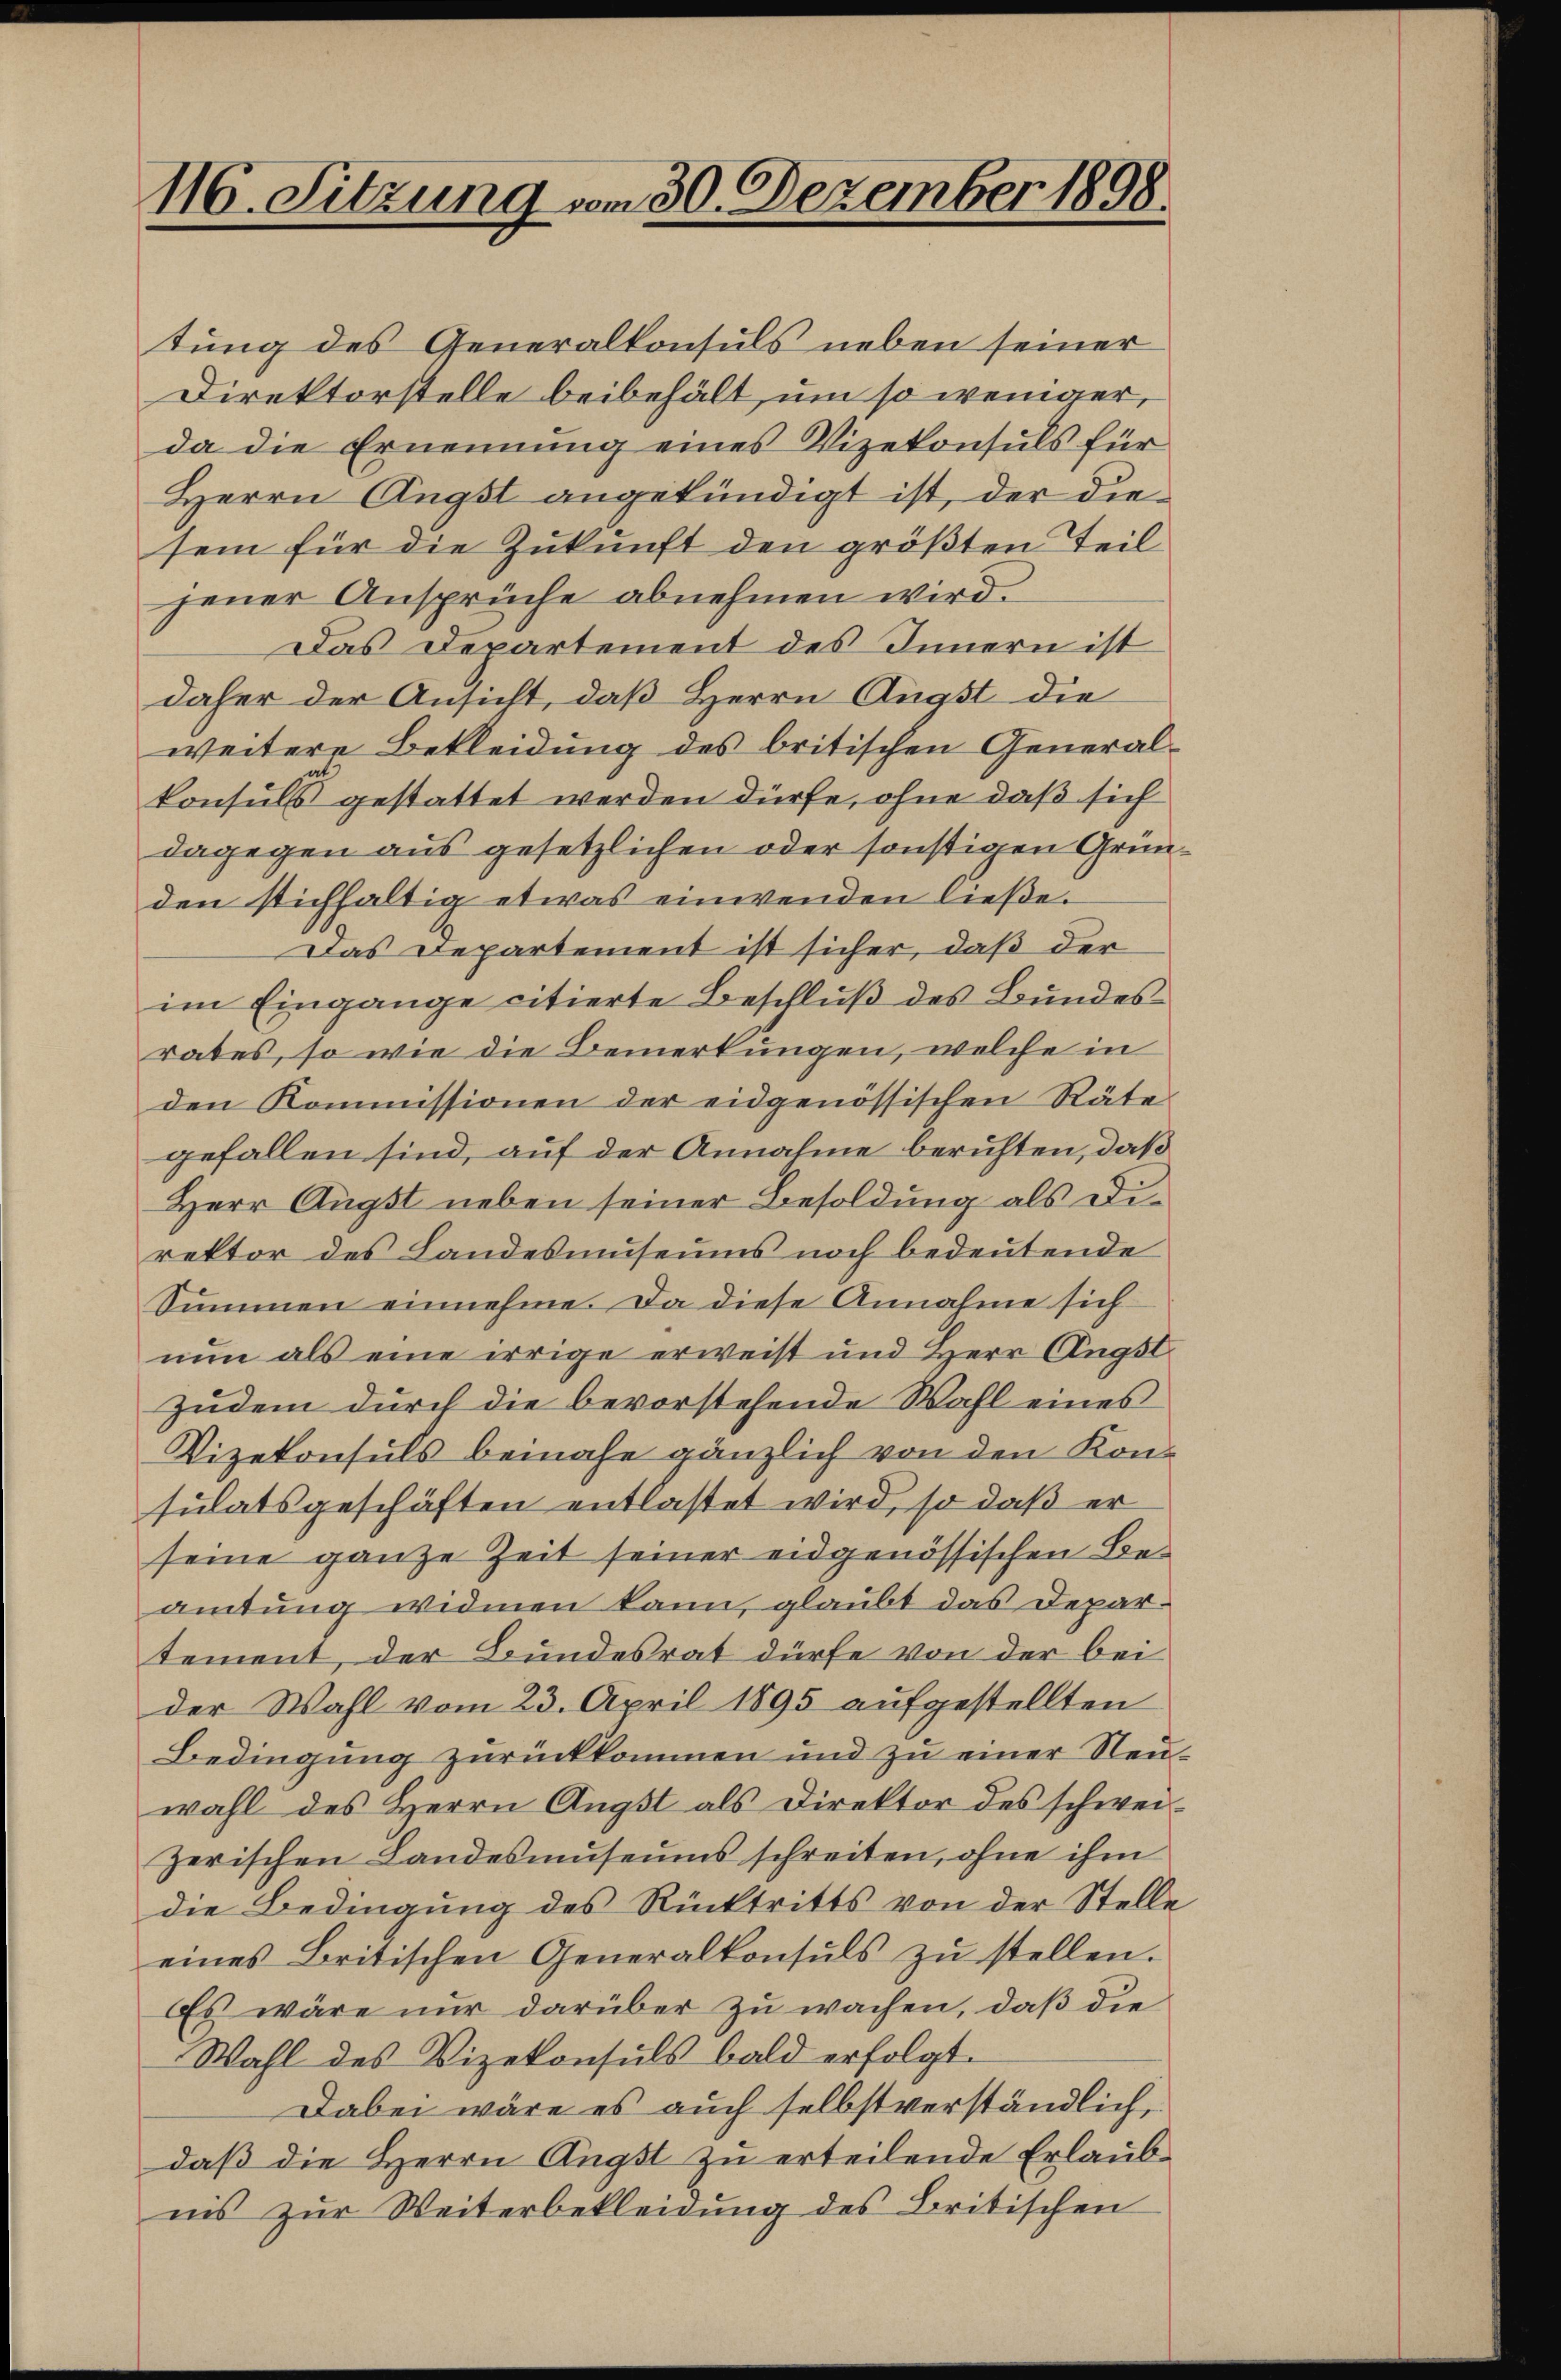
116. Sitzung vom 30. Dezember 1898.

tung des Generalkonsuls neben seiner
Direktorstelle beibehält, um so weniger,
da die Ernennung eines Vizekonsuls für
Herrn Angst angekündigt ist, der diesein für die Zukunft den größten Teil
jener Ansprüche abnehmen wird.
Das Departement des Innern ist
daher der Ansicht, daß Herrn Angst die
weitere Bekleidung des britischen Generalkonsuls gestattet werden dürfe, ohne daß sich
dagegen aus gesetzlichen oder sonstigen Gründen stichfaltig etwas einwenden ließe.
Das Departement ist sicher, daß der
im Eingange citierte Beschluß des Bundesrates, so wie die Bemerkungen, welche in
den Kommissionen der eidgenössischen Räte
gefallen sind, auf der Annahme berichten, daß
Herr Angst neben seiner Besoldung als Direktor des Landesmuseums noch bedeutende
Summen einnehme. Da diese Annahme sich
nun als eine irrige erweist und Herr Angst.
zudem durch die bevorstehende Wahl eines
Vizekonsuls beinahe gänzlich von den Konsulatsgeschäften entlastet wird, so daß er
seine ganze Zeit seiner eidgenössischen Beamtung widmen kann, glaubt das Departement, der Bundesrat dürfe von der bei
der Wahl vom 23. April 1895 aufgestellten
Bedingung zurückkommen und zu einer Neuwahl des Herrn Angst als Direktor des schwei-
zerischen Landesmuseums schreiten, ohne ihm
die Bedingŭng des Rücktritts von der Stelle
eines Britischen Generalkonsuls zŭ stellen.
Es wäre nur darüber zu wachen, daß die
Wahl des Vizekonsuls bald erfolgt.
Dabei wäre es auch selbstverständlich,
daß die Herrn Angst zu erteilende Erlaubnis zur Weiterbekleidung des Britischen